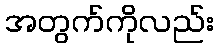
အတွက်ကိုလည်း